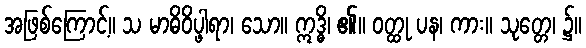
အဖြစ်ကြောင့်။ သ မာဓိဝိပ္ဖါရာ၊ သော။ ဣဒ္ဓိ၊ ၏။ ဝတ္ထု ပန၊ ကား။ သုတ္တေ၊ ၌။